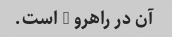
آن در راهرو a است.